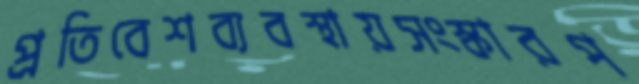
প্রতিবেশব্যবস্থায়সংস্কারপ